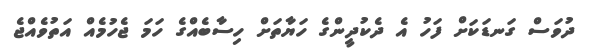
ދުވަސް ގަނޑަކަށް ފަހު އެ ދެކުދީންގެ ހަޔާތަށް ހިސާބެއްގެ ހަމަ ޖެހުމެއް އަތުވެއްޖެ